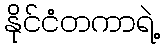
နိုင်ငံတကာရဲ့